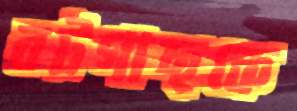
বটগাছকে